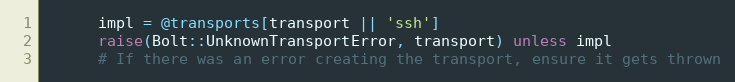
Language: Ruby
      impl = @transports[transport || 'ssh']
      raise(Bolt::UnknownTransportError, transport) unless impl
      # If there was an error creating the transport, ensure it gets thrown